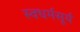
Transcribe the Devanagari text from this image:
स्वधर्मसूर्य